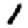
Digit: 1